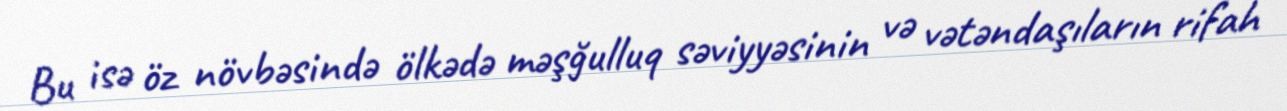
Bu isə öz növbəsində ölkədə məşğulluq səviyyəsinin və vətəndaşıların rifah